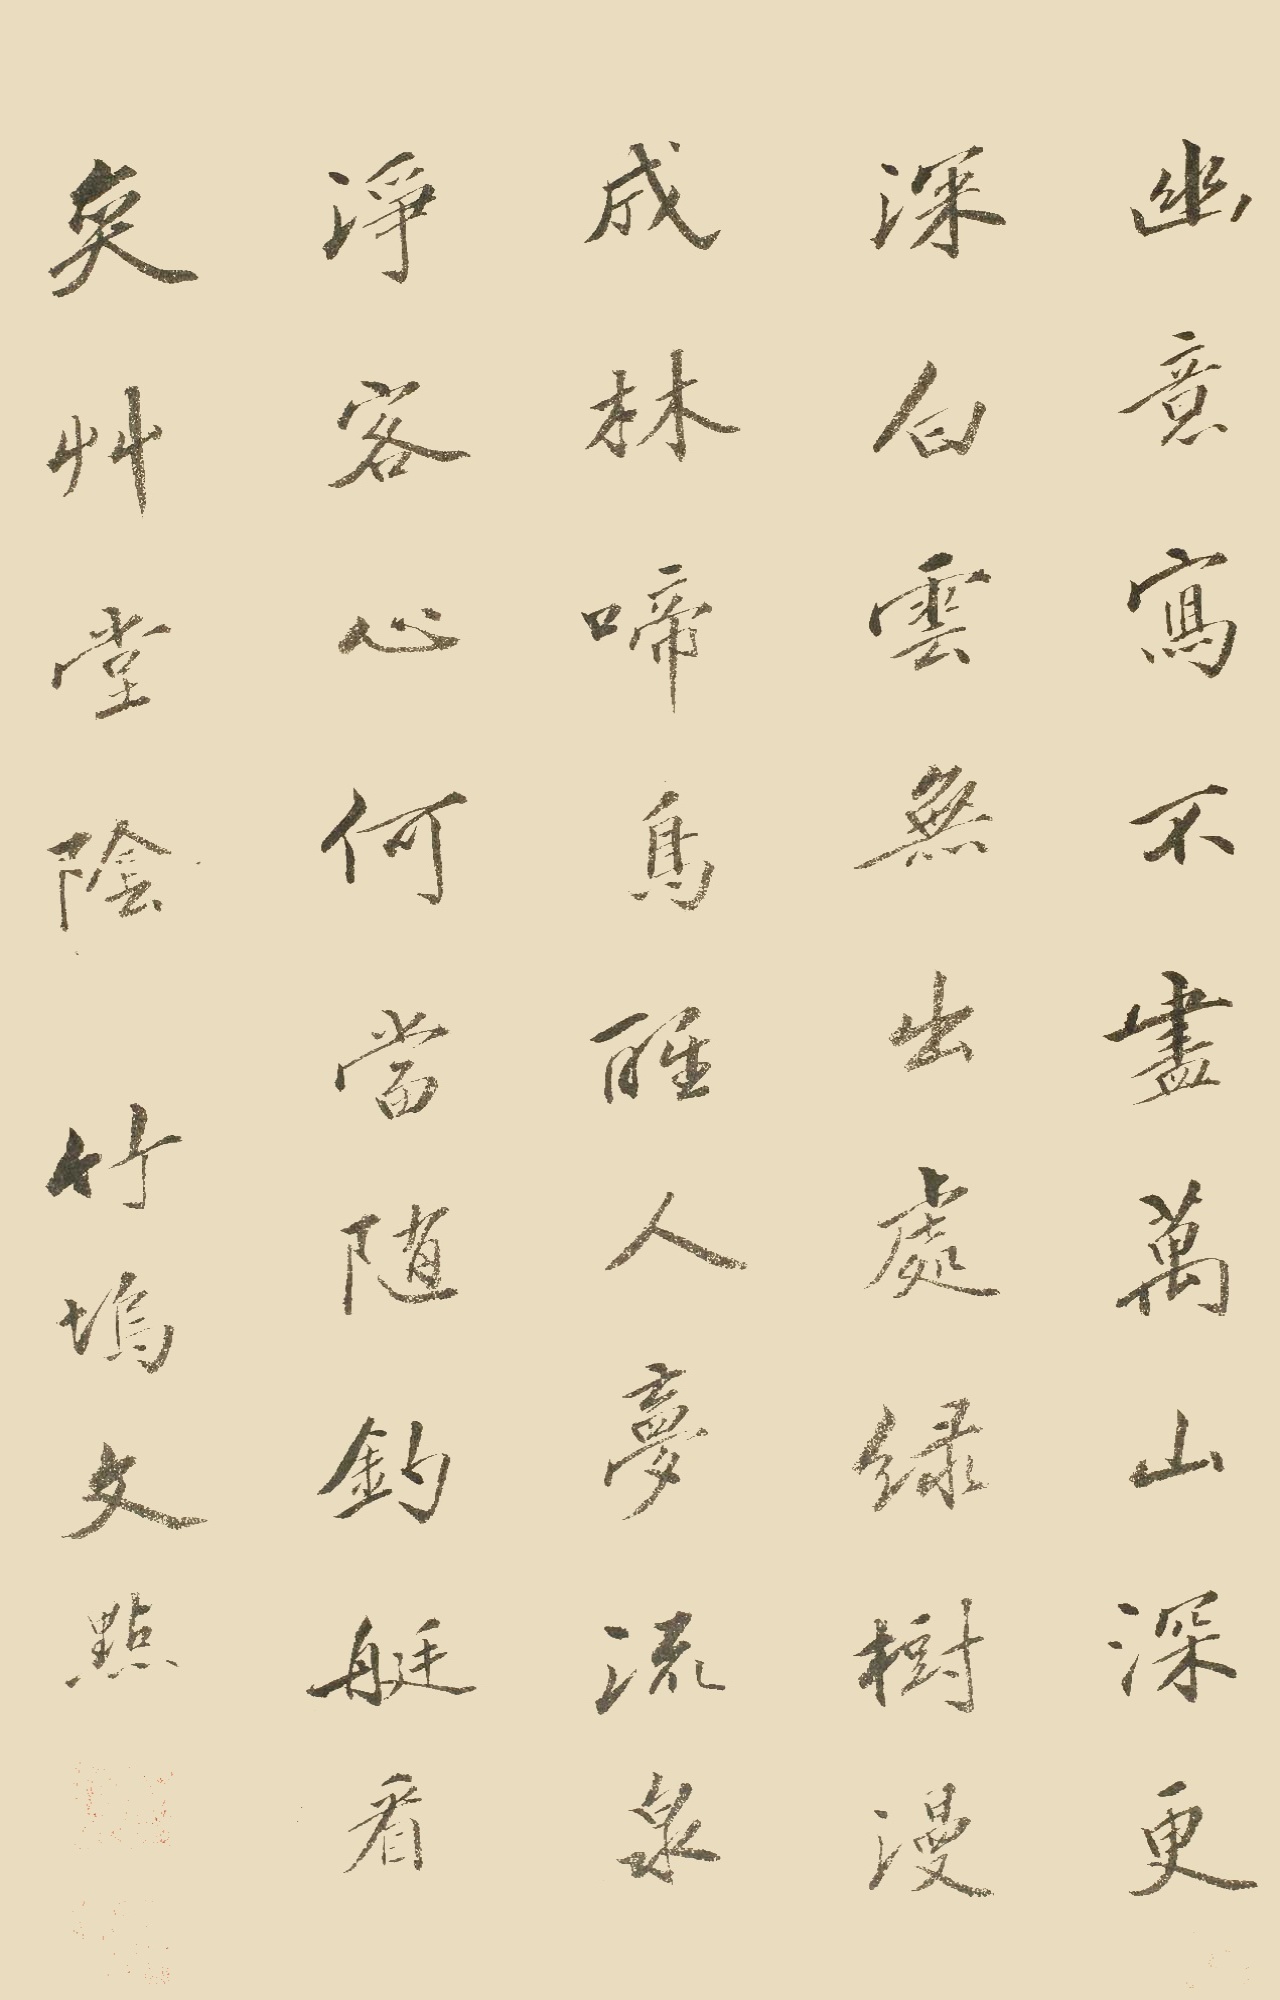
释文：幽意写不尽，万山深更深。白云无出处，绿树漫成林。
啼鸟醒人梦，流泉净客心。何当随钓艇，看弈草堂阴。竹坞文点。